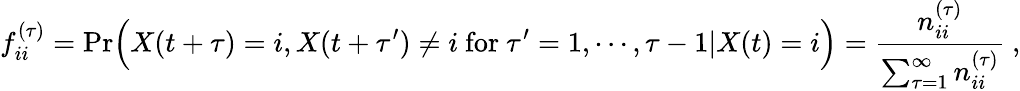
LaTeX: f_{ii}^{(\tau)}=\mathrm{Pr}\Big(X(t+\tau)=i,X(t+\tau^{\prime})\neq i\mathrm{~for~}\tau^{\prime}=1,\cdots,\tau-1|X(t)=i\Big)=\frac{n_{ii}^{(\tau)}}{\sum_{\tau=1}^{\infty}n_{ii}^{(\tau)}}\ ,